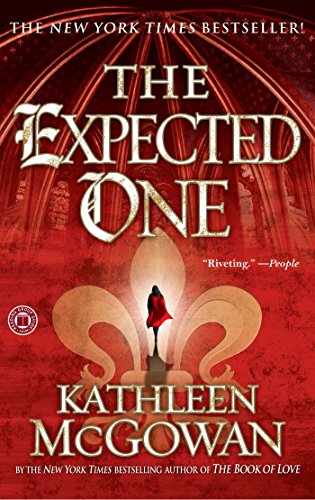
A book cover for The Expected One (Magdalene Line); Kathleen McGowan; Mystery, Thriller & Suspense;